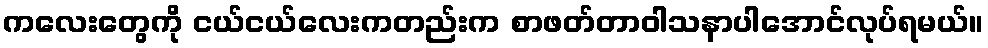
ကလေးတွေကို ငယ်ငယ်လေးကတည်းက စာဖတ်တာဝါသနာပါအောင်လုပ်ရမယ်။